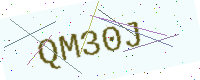
Text: QM30J